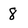
Character: 8